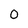
Character: 0